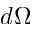
d \Omega